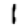
Digit: 1